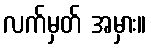
လက်မှတ် အမှား။